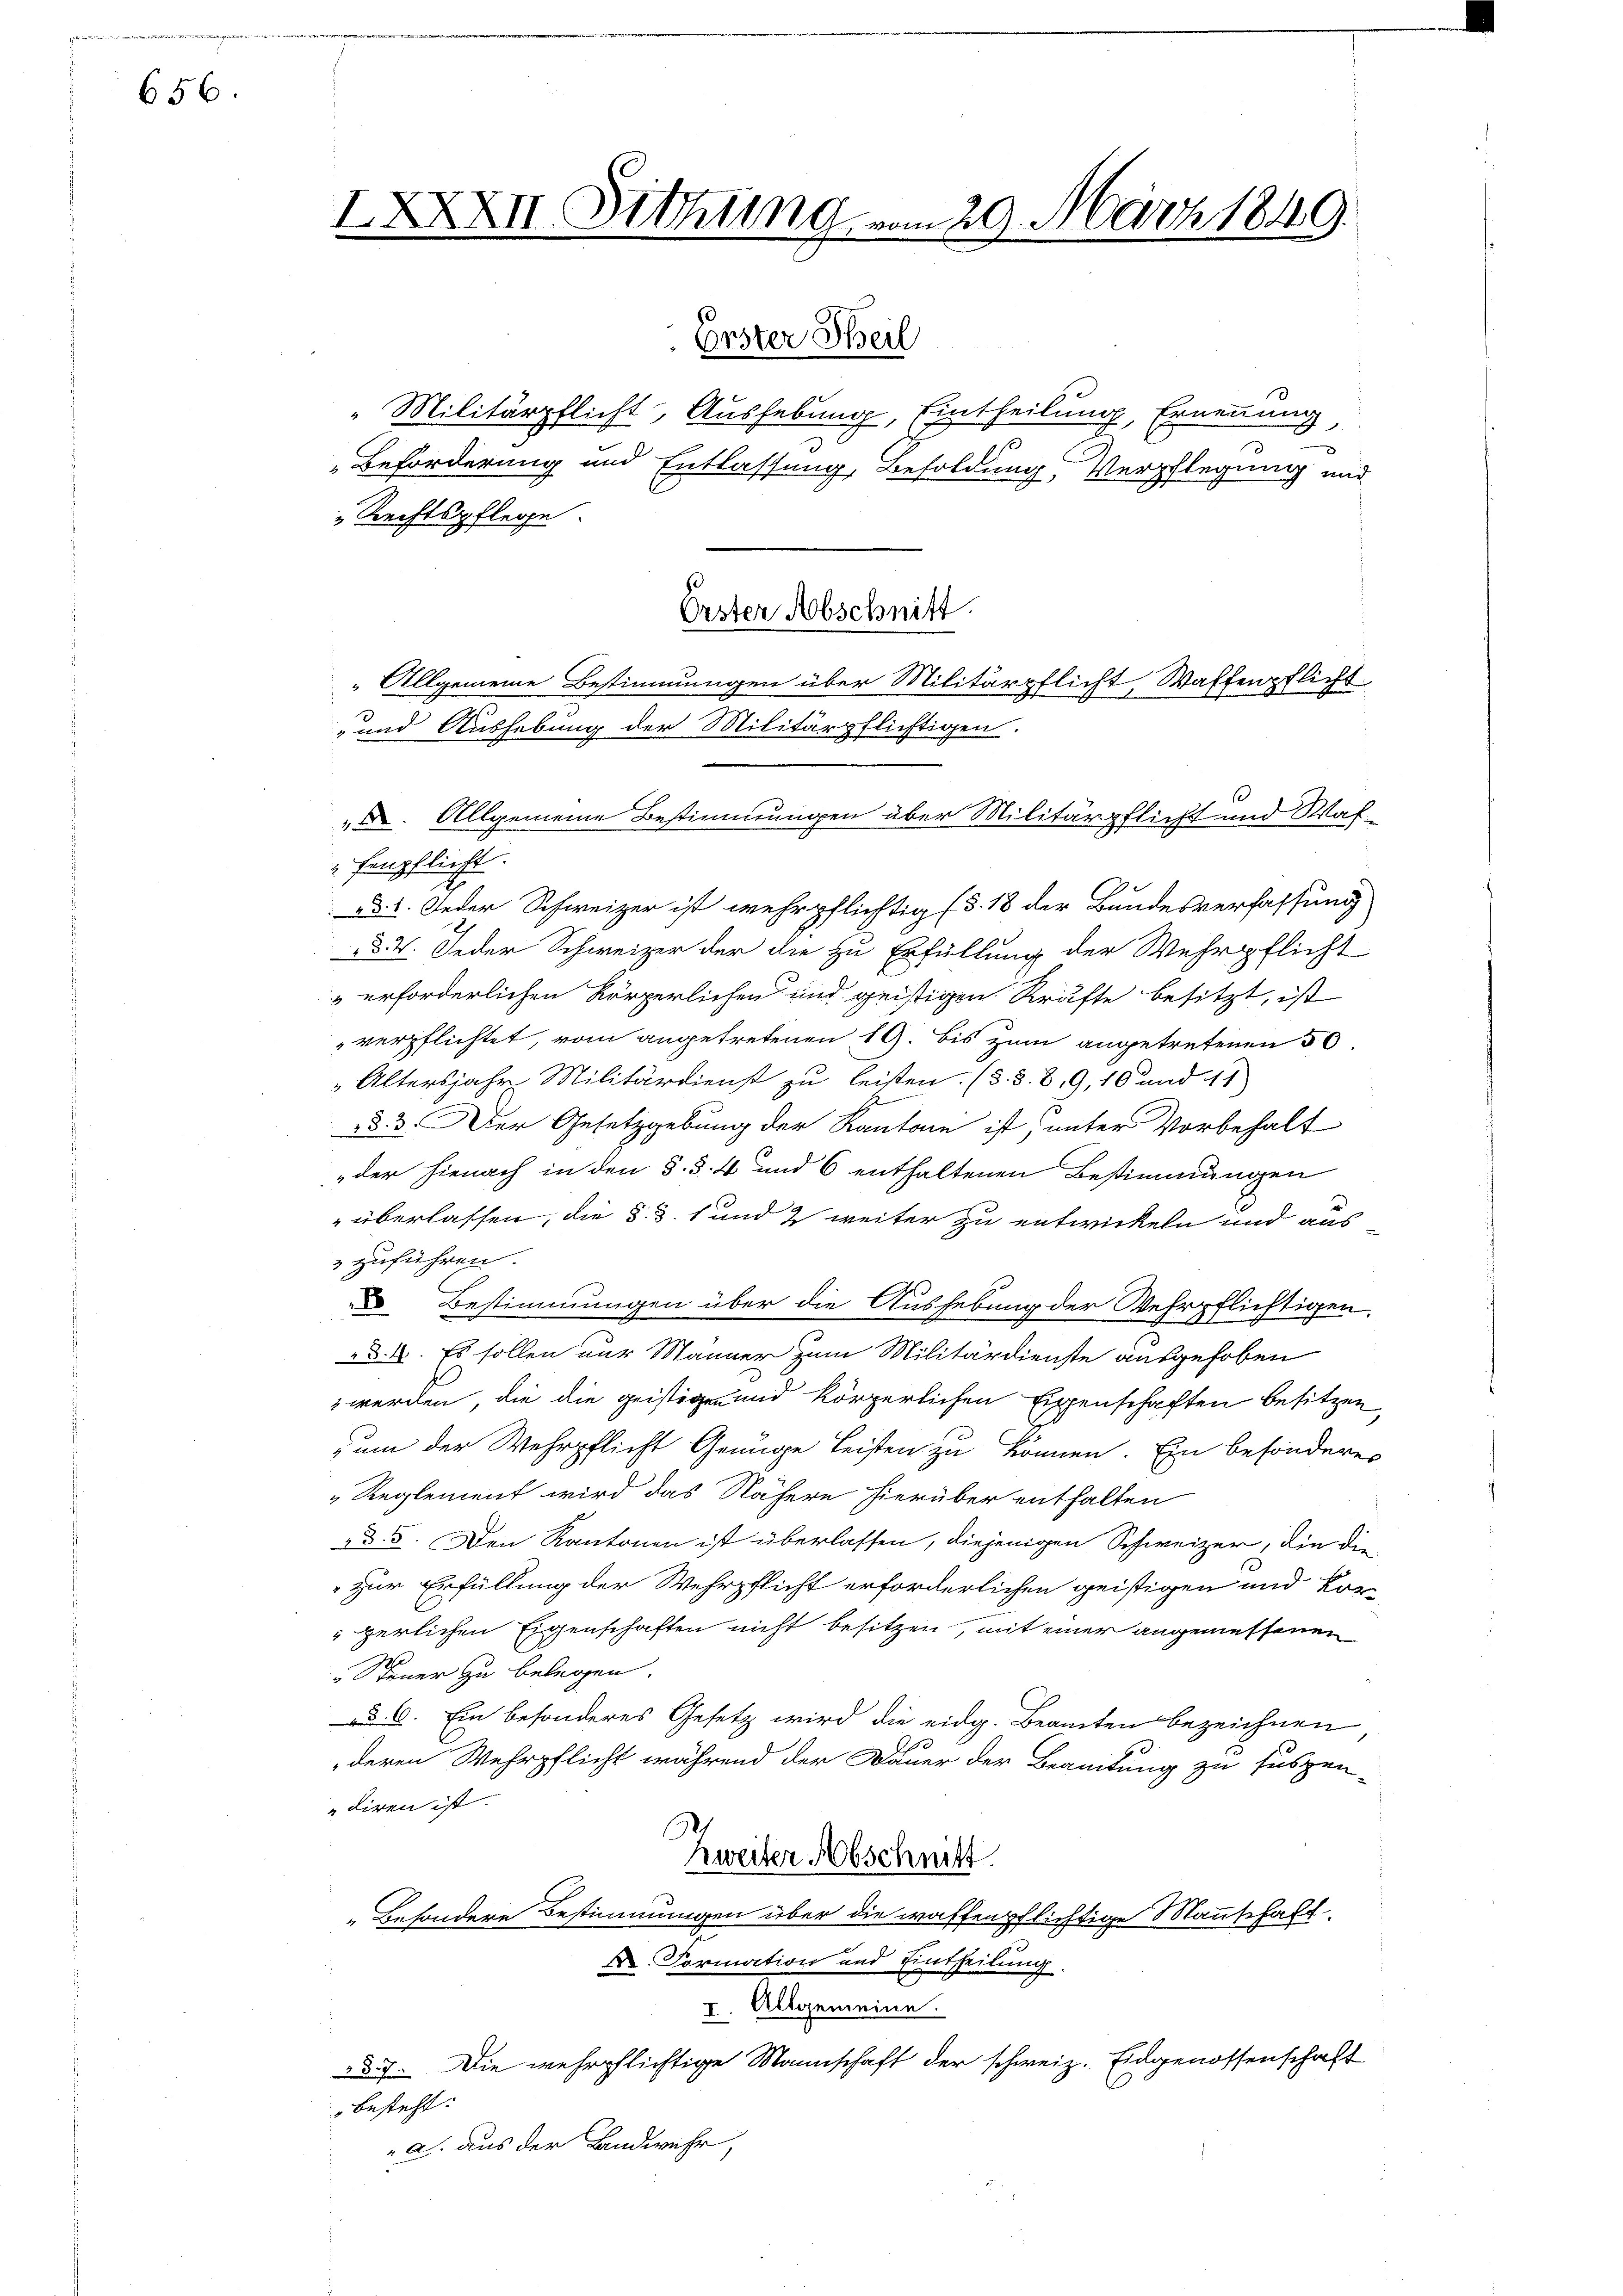
656.

"Militärpflicht, Aushebung, Eintheilung, Ernennung
3
3
Beförderung und Entlassung, Besoldung, Verpflegung und
„Rechtspflege.
Allgemeine Bestimmungen über Militärpflicht Waffenpflicht
-und Aushebung der Militärpflichtigen.
". Allgemeine Bestimmungen über Militärpflicht und Waf¬
"fenpflicht.
ad. 1. Jeder Schweizer ist wehrpflichtig (§. 18 der Bundesverfassung
ad 2. Jeder Schweizer der die zu Erfüllung der Wehrpflicht
"erforderlichen Körperlichen und geistigen Kräfte besitzt, ist
verpflichtet, vom angetretenen 19. bis zum angetretenen 50
„Altersjahr Militärdienst zu leisten. (s. S. 8, 9, 10 und 11
d. 3. Der Gesetzgebung der Kantone ist, unter Vorbehalt
der hienach in den §. §. 4 und 6 enthaltenen Bestimmungen
" überlassen, die d. d. 1 und 2 weiter zu entwickeln und aus
zuführen.
 Bestimmungen über die Aushebung der Wehrpflichtigen,
§.8. Es sollen nur Männer zum Militärdienste ausgehoben
 werden, die die geistigen und körperlichen Eigenschaften besitzen,
um der Wehrpflicht Genüge Leisten zu können. Ein besonderer
Reglement wird das Nähern hierüber enthalten
ad. 5. Den Kantonen ist überlassen, diejenigen Schweizer, die die
 zur Erfüllung der Wehrpflicht erforderlichen geistigen und Kor¬
"gerlichen Eigenschaften nicht besitzen, mit einer angemessenen
" Steuer zu belegen.
§ 6. Ein besonderes Gesetz wird die eidg. Beamten bezeichnen
A.
deren Wehrpflicht während der Dauer der Beamtung zu suspen-
diren ist. |
Zweiter Abschnitt
Besondere Bestimmungen über die waffenpflichtige Mannschaft
X. Formation und Eintheilung.
I. Allgemeine.
§ 7. Die wehrpflichtige Mannschaft der schweiz. Eidgenossenschaft
besteht:
" a. aus der Landwehr,

I

XXXII. Sitzung vom 29. März 1849.
Erster Theil

Erster Abschnitt.